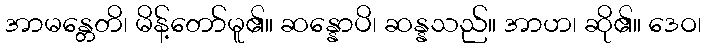
အာမန္တေတိ၊ မိန့်တော်မူ၏။ ဆန္နောပိ၊ ဆန္နသည်။ အာဟ၊ ဆို၏။ ဒေဝ၊